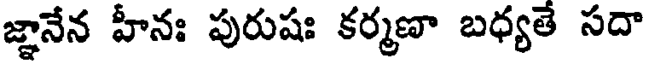
జ్ఞానేన హీనః పురుషః కర్మణా బధ్యతే సదా